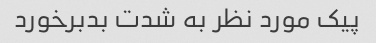
پیک مورد نظر به شدت بدبرخورد